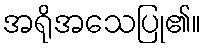
အရိုအသေပြု၏။